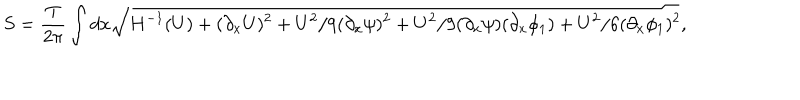
LaTeX: S = \frac { T } { 2 \pi } \int d x \sqrt { H ^ { - 1 } ( U ) + ( \partial _ { x } U ) ^ { 2 } + { U ^ { 2 } } / { 9 } ( \partial _ { x } \psi ) ^ { 2 } + { U ^ { 2 } } / { 9 } ( \partial _ { x } \psi ) ( \partial _ { x } \phi _ { 1 } ) + { U ^ { 2 } } / { 6 } ( \partial _ { x } \phi _ { 1 } ) ^ { 2 } } ,